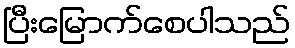
ပြီးမြောက်စေပါသည်